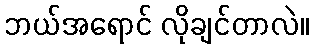
ဘယ်အရောင် လိုချင်တာလဲ။